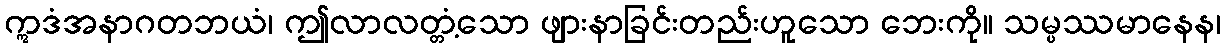
ဣဒံအနာဂတဘယံ၊ ဤလာလတ္တံ့သော ဖျားနာခြင်းတည်းဟူသော ဘေးကို။ သမ္ပဿမာနေန၊